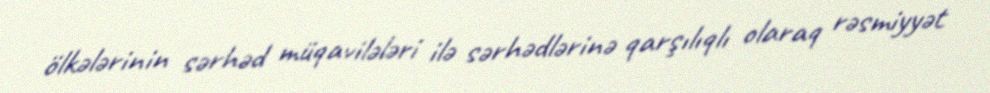
ölkələrinin sərhəd müqavilələri ilə sərhədlərinə qarşılıqlı olaraq rəsmiyyət